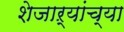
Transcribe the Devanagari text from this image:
शेजाऱ्यांच्या